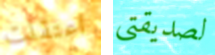
اعتقلت لصديقتي